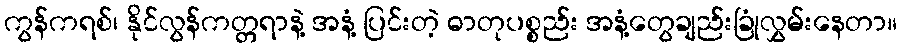
ကွန်ကရစ်၊ နိုင်လွန်ကတ္တရာနဲ့ အနံ့ ပြင်းတဲ့ ဓာတုပစ္စည်း အနံ့တွေချည်းခြုံလွှမ်းနေတာ။